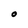
Character: O